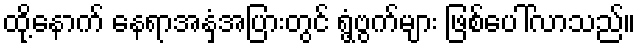
ထို့နောက် နေရာအနှံ့အပြားတွင် ရွံ့ဗွက်များ ဖြစ်ပေါ်လာသည်။